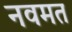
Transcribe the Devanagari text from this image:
नवमत